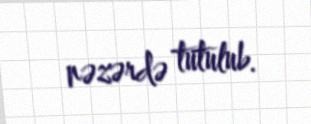
nəzərdə tutulub.